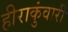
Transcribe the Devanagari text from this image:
हीराकुंवारी